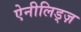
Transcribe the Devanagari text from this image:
ऐनीलिड्ज़